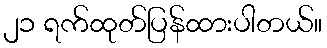
၂၁ ရက်ထုတ်ပြန်ထားပါတယ်။